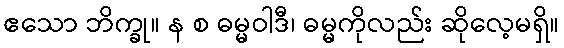
ဧသော ဘိက္ခု။ န စ ဓမ္မဝါဒီ၊ ဓမ္မကိုလည်း ဆိုလေ့မရှိ။